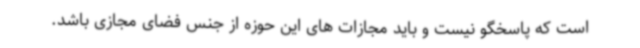
است که پاسخگو نیست و باید مجازات های این حوزه از جنس فضای مجازی باشد.